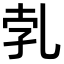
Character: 𠃱